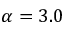
\alpha = 3 . 0